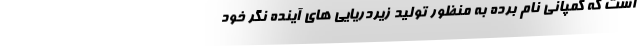
است که کمپانی نام برده به منظور تولید زیردریایی های آینده نگر خود